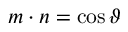
\boldsymbol { m } \cdot \boldsymbol { n } = \cos \vartheta